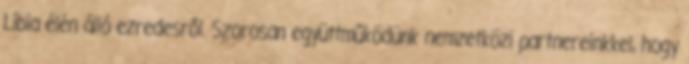
Líbia élén álló ezredesről. Szorosan együttműködünk nemzetközi partnereinkkel, hogy